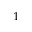
_ 1